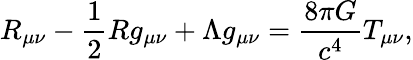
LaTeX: R_{\mu\nu}-{\frac{1}{2}}Rg_{\mu\nu}+\Lambda g_{\mu\nu}={\frac{8\pi G}{c^{4}}}T_{\mu\nu},